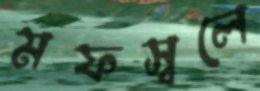
মফস্বলে